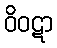
ဝိဝဋာ